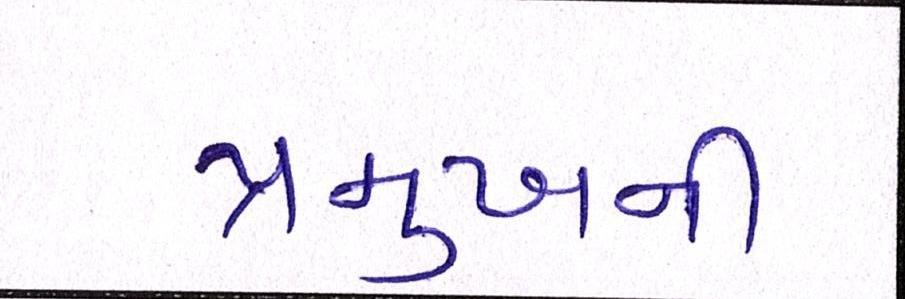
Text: પ્રમુખની